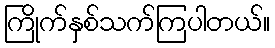
ကြိုက်နှစ်သက်ကြပါတယ်။